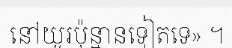
នៅយូរប៉ុន្មានទៀតទេ» ។